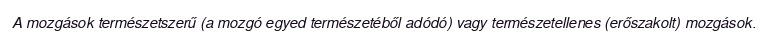
A mozgások természetszerű (a mozgó egyed természetéből adódó) vagy természetellenes (erőszakolt) mozgások.